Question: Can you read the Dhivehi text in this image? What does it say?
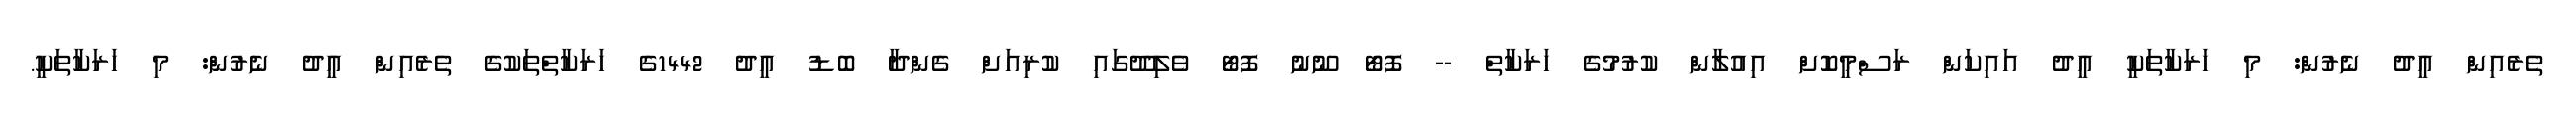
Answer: ތެރެއިން އީދު ނެރުން: މި ހަރަކާތަކީ އީދު އައިކަން ރަސްމީކޮށް އިއުލާން ކުރުމުގެ ހަރަކާތް -- ފޮޓޯ ނޫނު ފޮޓޯ ވެލިދޫގައި ކުރިއަށް ގެންދާ ބޮޑު އީދު 1442ގެ ހަރަކާތްތަކުގެ ތެރެއިން އީދު ނެރުން: މި ހަރަކާތަކީ.